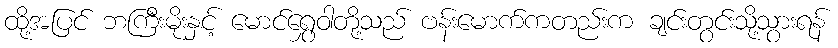
ထို့အပြင် ဘကြီးမိုးနှင့် မောင်ရွှေဝါတို့သည် ဗန်းမောက်ကတည်းက ချင်းတွင်းသို့သွားရန်